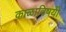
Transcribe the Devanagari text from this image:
काळाविषयी